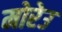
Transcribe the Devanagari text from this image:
मोरेउ